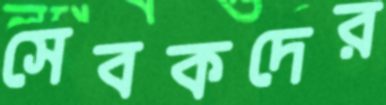
সেবকদের